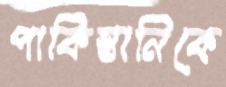
পাকিস্তানিকে